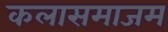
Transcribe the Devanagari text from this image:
कलासमाजम